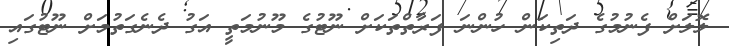
ލޮލަށް ފެނުމުގެ ދަތިކަން ހުންނަ ފަރާތްތަކަށް ނޫޓުގެ މޫނުމަތީ އަގު ދެނެގަތުމަށް ނޫޓުގައި